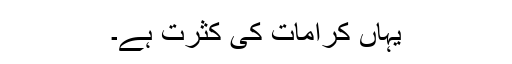
یہاں کرامات کی کثرت ہے۔